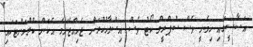
އަސާސީގައި ހިމެނީ ވެސް ސުޕްރީމް ކޯޓު ވެސް އިސްލާހުކުރަން ޖެހިއްޖެނަމަ އެކަން ކުރުމަށްޓަކައި